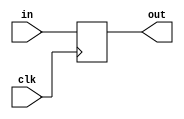
`timescale 1ns / 1ps
//////////////////////////////////////////////////////////////////////////////////
// Company: 
// Engineer: 
// 
// Design Name: 
// Module Name:    PC 
// Project Name: 
// Target Devices: 
// Tool versions: 
// Description: 
//
// Dependencies: 
//
// Revision: 
// Revision 0.01 - File Created
// Additional Comments: 
//
//////////////////////////////////////////////////////////////////////////////////
module PC(
	 input clk,
    input [7:0] in,
    output reg [7:0] out
    );

	initial begin
		out<=0;
		end
		
	always @(posedge clk)      //Assigns pc_out equal to pc_in at every clock cycle
		begin
		out<=in;          
		end

endmodule